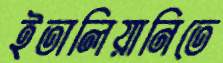
ইতালিয়ানিতে